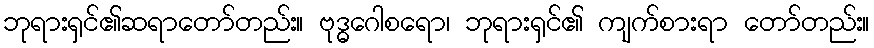
ဘုရားရှင်၏ဆရာတော်တည်း။ ဗုဒ္ဓဂေါစရော၊ ဘုရားရှင်၏ ကျက်စားရာ တော်တည်း။